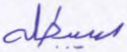
سيبطله